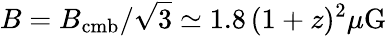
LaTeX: B=B_{\mathrm{cmb}}/\sqrt{3}\simeq 1.8\, (1+z)^{2}\mu\mathrm{G}